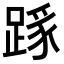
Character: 𨂼